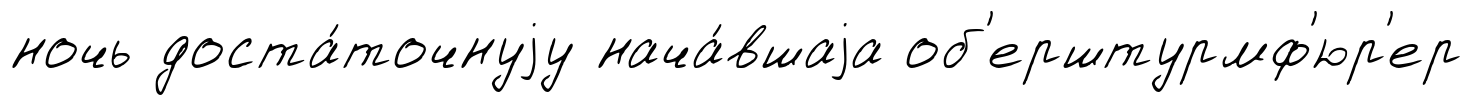
ночь доста́точнуjу нача́вшаjа об'ерштурмф'юр'ер